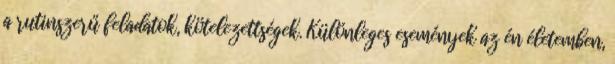
a rutinszerű feladatok, kötelezettségek. Különleges események az én életemben,